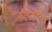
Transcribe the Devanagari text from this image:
ऑर्थोगोनिक